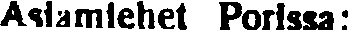
Asiamiehet Porissa: